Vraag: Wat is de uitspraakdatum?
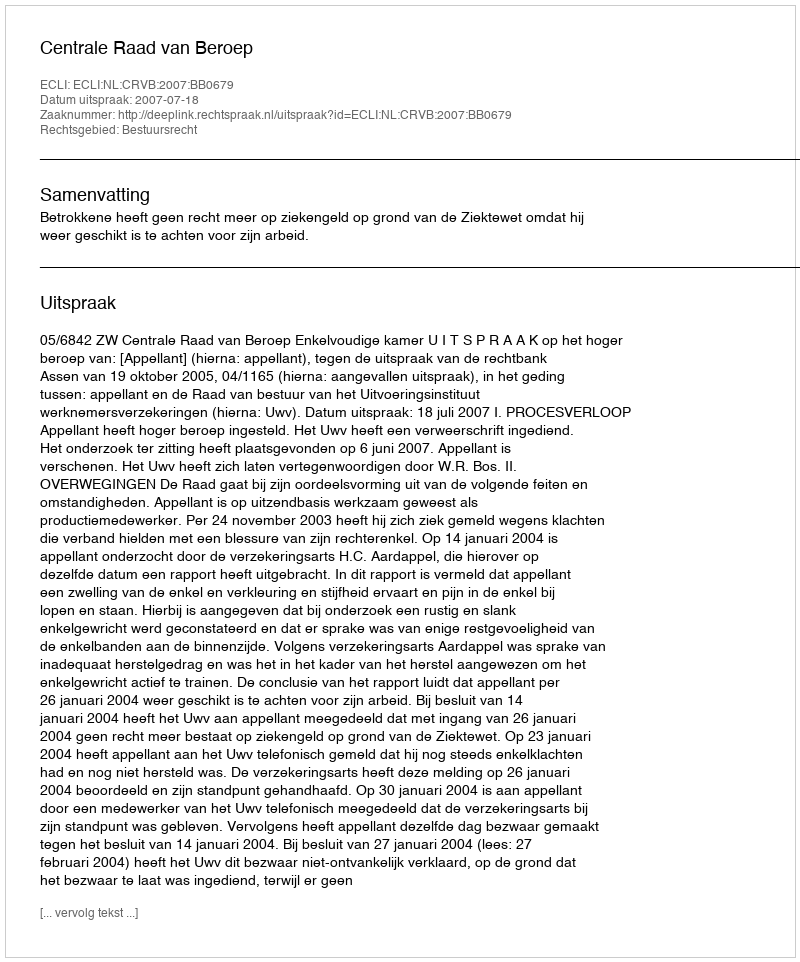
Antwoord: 2007-07-18